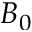
B _ { 0 }